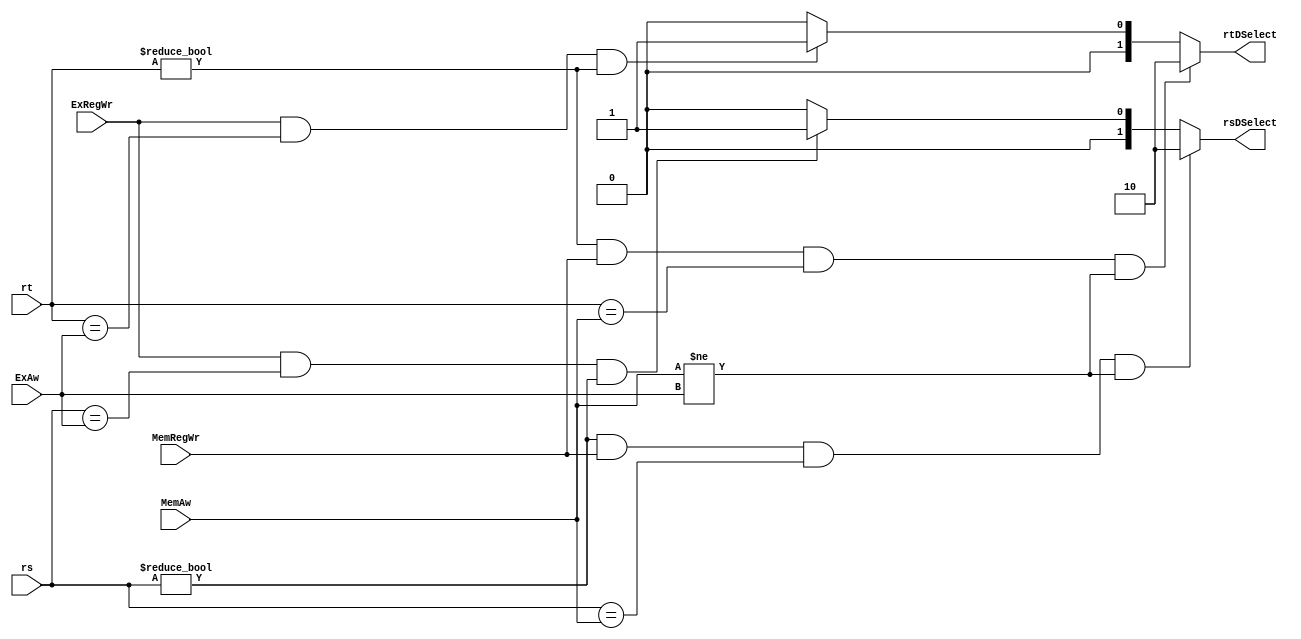
module FU(rsDSelect, rtDSelect, rs, rt, ExAw, MemAw, ExRegWr, MemRegWr);
	output [1:0] rsDSelect, rtDSelect;
	reg [1:0] rsDSelect, rtDSelect;
	input [4:0] rs, rt, ExAw, MemAw;
	input ExRegWr, MemRegWr;

	always @(rs or rt or ExAw or MemAw or ExRegWr or MemRegWr)
	if ((rs != 5'b0) && (MemRegWr == 1'b1) && (rs == MemAw) && (MemAw != ExAw)) begin
		rsDSelect = 2'd2;
	end else if ((ExRegWr == 1'b1) && (rs == ExAw) && (rs != 5'b0)) begin
		rsDSelect = 2'd1;
	end else begin
		rsDSelect = 2'd0; 
	end
	
	always @(rs or rt or ExAw or MemAw or ExRegWr or MemRegWr)
	if ((rt != 5'b0) && (MemRegWr == 1'b1) && (rt == MemAw) && (MemAw != ExAw)) begin
		rtDSelect = 2'd2;
	end else if ((ExRegWr == 1'b1) && (rt == ExAw) && (rt != 5'b0)) begin
		rtDSelect = 2'd1;
	end else begin
		rtDSelect = 2'd0; 
	end

endmodule